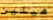
هيلين